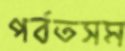
পর্বতসম